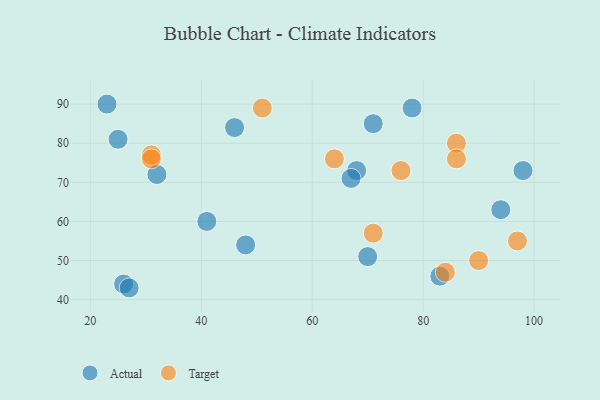
{"axis": {"x": "GDP", "y": "Life Expectancy"}, "legend": ["Actual", "Target"], "data": [{"x": "26", "y": 44, "type": "Actual"}, {"x": "71", "y": 85, "type": "Actual"}, {"x": "32", "y": 72, "type": "Actual"}, {"x": "68", "y": 73, "type": "Actual"}, {"x": "23", "y": 90, "type": "Actual"}, {"x": "78", "y": 89, "type": "Actual"}, {"x": "67", "y": 71, "type": "Actual"}, {"x": "98", "y": 73, "type": "Actual"}, {"x": "83", "y": 46, "type": "Actual"}, {"x": "41", "y": 60, "type": "Actual"}, {"x": "46", "y": 84, "type": "Actual"}, {"x": "25", "y": 81, "type": "Actual"}, {"x": "70", "y": 51, "type": "Actual"}, {"x": "27", "y": 43, "type": "Actual"}, {"x": "94", "y": 63, "type": "Actual"}, {"x": "48", "y": 54, "type": "Actual"}, {"x": "71", "y": 57, "type": "Target"}, {"x": "51", "y": 89, "type": "Target"}, {"x": "76", "y": 73, "type": "Target"}, {"x": "64", "y": 76, "type": "Target"}, {"x": "31", "y": 77, "type": "Target"}, {"x": "90", "y": 50, "type": "Target"}, {"x": "86", "y": 80, "type": "Target"}, {"x": "84", "y": 47, "type": "Target"}, {"x": "86", "y": 76, "type": "Target"}, {"x": "97", "y": 55, "type": "Target"}, {"x": "31", "y": 76, "type": "Target"}]}